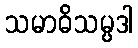
သမာဓိသမ္ပဒါ